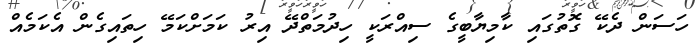
ހަސަން ދެކޭ ގޮތުގައި ކާމިޔާބީގެ ސިއްރަކީ ހިދުމަތްދޭ އިރު ކަމަށްކަމޭ ހިތައިގެން އެކަމެއް